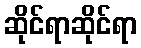
ဆိုင်ရာဆိုင်ရာ